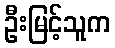
ဦးမြင့်သူက